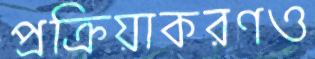
প্রক্রিয়াকরণও